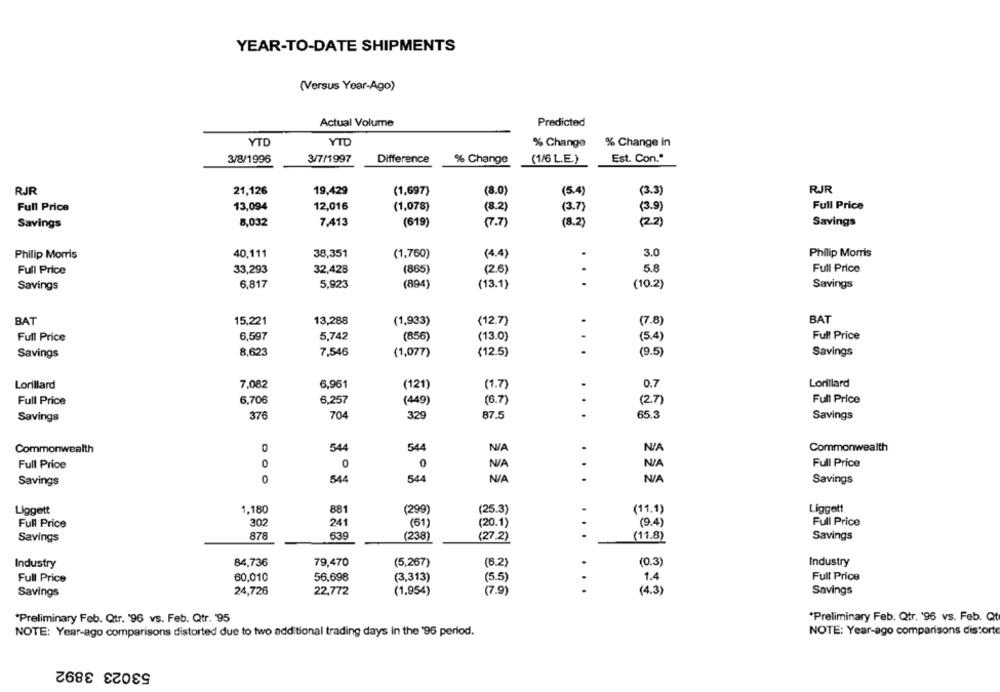
YEAR-TO-DATE SHIPMENTS
(Versus Year-Ago)
Actual Volume
Predicted
YTD
YTD
% Change
% Change In
3/8/1996
3/7/1997
Difference
(1/6 L.E.)
Est. Con."
% Change
RJR
21,126
19,429
(1,697)
(8.0)
(5.4
(3.3)
RJR
Full Price
13,094
12,016
(1,078)
(8.2)
(3.7)
(3.9)
Full Price
7,413
(2.2)
Savings
8,032
(619)
(7.7)
(8.2)
Savings
Philip Morris
40,111
38,351
(1,760)
(4.4)
.
3.0
Philip Morris
Full Price
33,293
32,428
(865)
.
5.8
Full Price
(2.6)
6,817
5.923
(894)
Savings
(13.1)
(10.2)
Savings
BAT
15,221
13,288
(1,933)
(12.7)
.
(7.8)
BAT
Full Price
6,597
5,742
(856)
(13.0)
-
(5.4)
Full Price
8,623
7,546
(1,077)
(12.5)
-
Savings
Savings
(9.5)
Lorillard
7,082
6,961
(121)
(1.7)
0.7
Lorillard
Full Price
6,706
6,257
(449)
(6.7)
.
(2.7)
Full Price
704
329
87.5
.
65.3
Savings
376
Savings
Commonwealth
0
544
54
.
Commonwealth
Full Price
0
.
Full Price
0
0
0
.
Savings
544
544
Savings
Liggett
1,180
881
(299)
(25.3)
(11.1)
Liggett
Full Price
302
241
(61)
(20.1)
(9.4)
Full Price
Savings
878
639
(238)
(27.2)
...
(11.8)
Savings
Industry
84,736
79,470
(5,267)
(6.2)
(0.3)
Industry
Full Price
60,010
56.698
(3,313)
(5.5)
1.4
Full Price
Savings
24,726
22,772
(1,954)
(7.9)
...
(4.3)
Savings
"Preliminary Feb. Qtr. '96 vs. Feb. Qtr. '95
"Preliminary Feb. Qtr. '96 vs. Feb. Qt
NOTE: Year-ago comparisons distorted due to two additional trading days in the '95 period.
NOTE: Year-ago comparisons distort
53023 3892